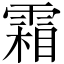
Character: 霜